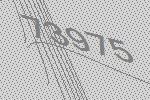
73975